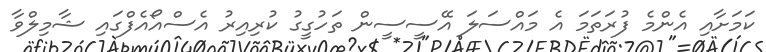
ކަމަށާއި އެންމެ ފުރަތަމަ އެ މައްސަލަ އޭސީސީން ތަހުގީގު ކުރިއިރު އެސްއޯއެފްގައި ޝާމިލްވާ